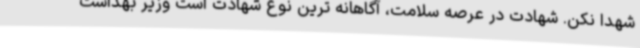
شهدا نکن. شهادت در عرصه سلامت، آگاهانه ترین نوع شهادت است وزیر بهداشت